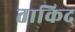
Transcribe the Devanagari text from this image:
ताकिद